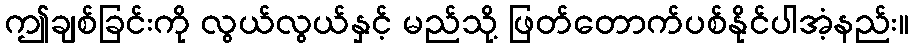
ဤချစ်ခြင်းကို လွယ်လွယ်နှင့် မည်သို့ ဖြတ်တောက်ပစ်နိုင်ပါအံ့နည်း။